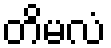
တိမလံ